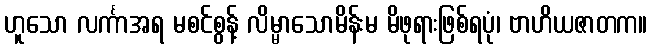
ဟူသော လင်္ကာအရ မစင်စွန့် လိမ္မာသောမိန်းမ မိဖုရားဖြစ်ရပုံ၊ ဗာဟိယဇာတက။